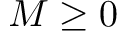
M \ge 0